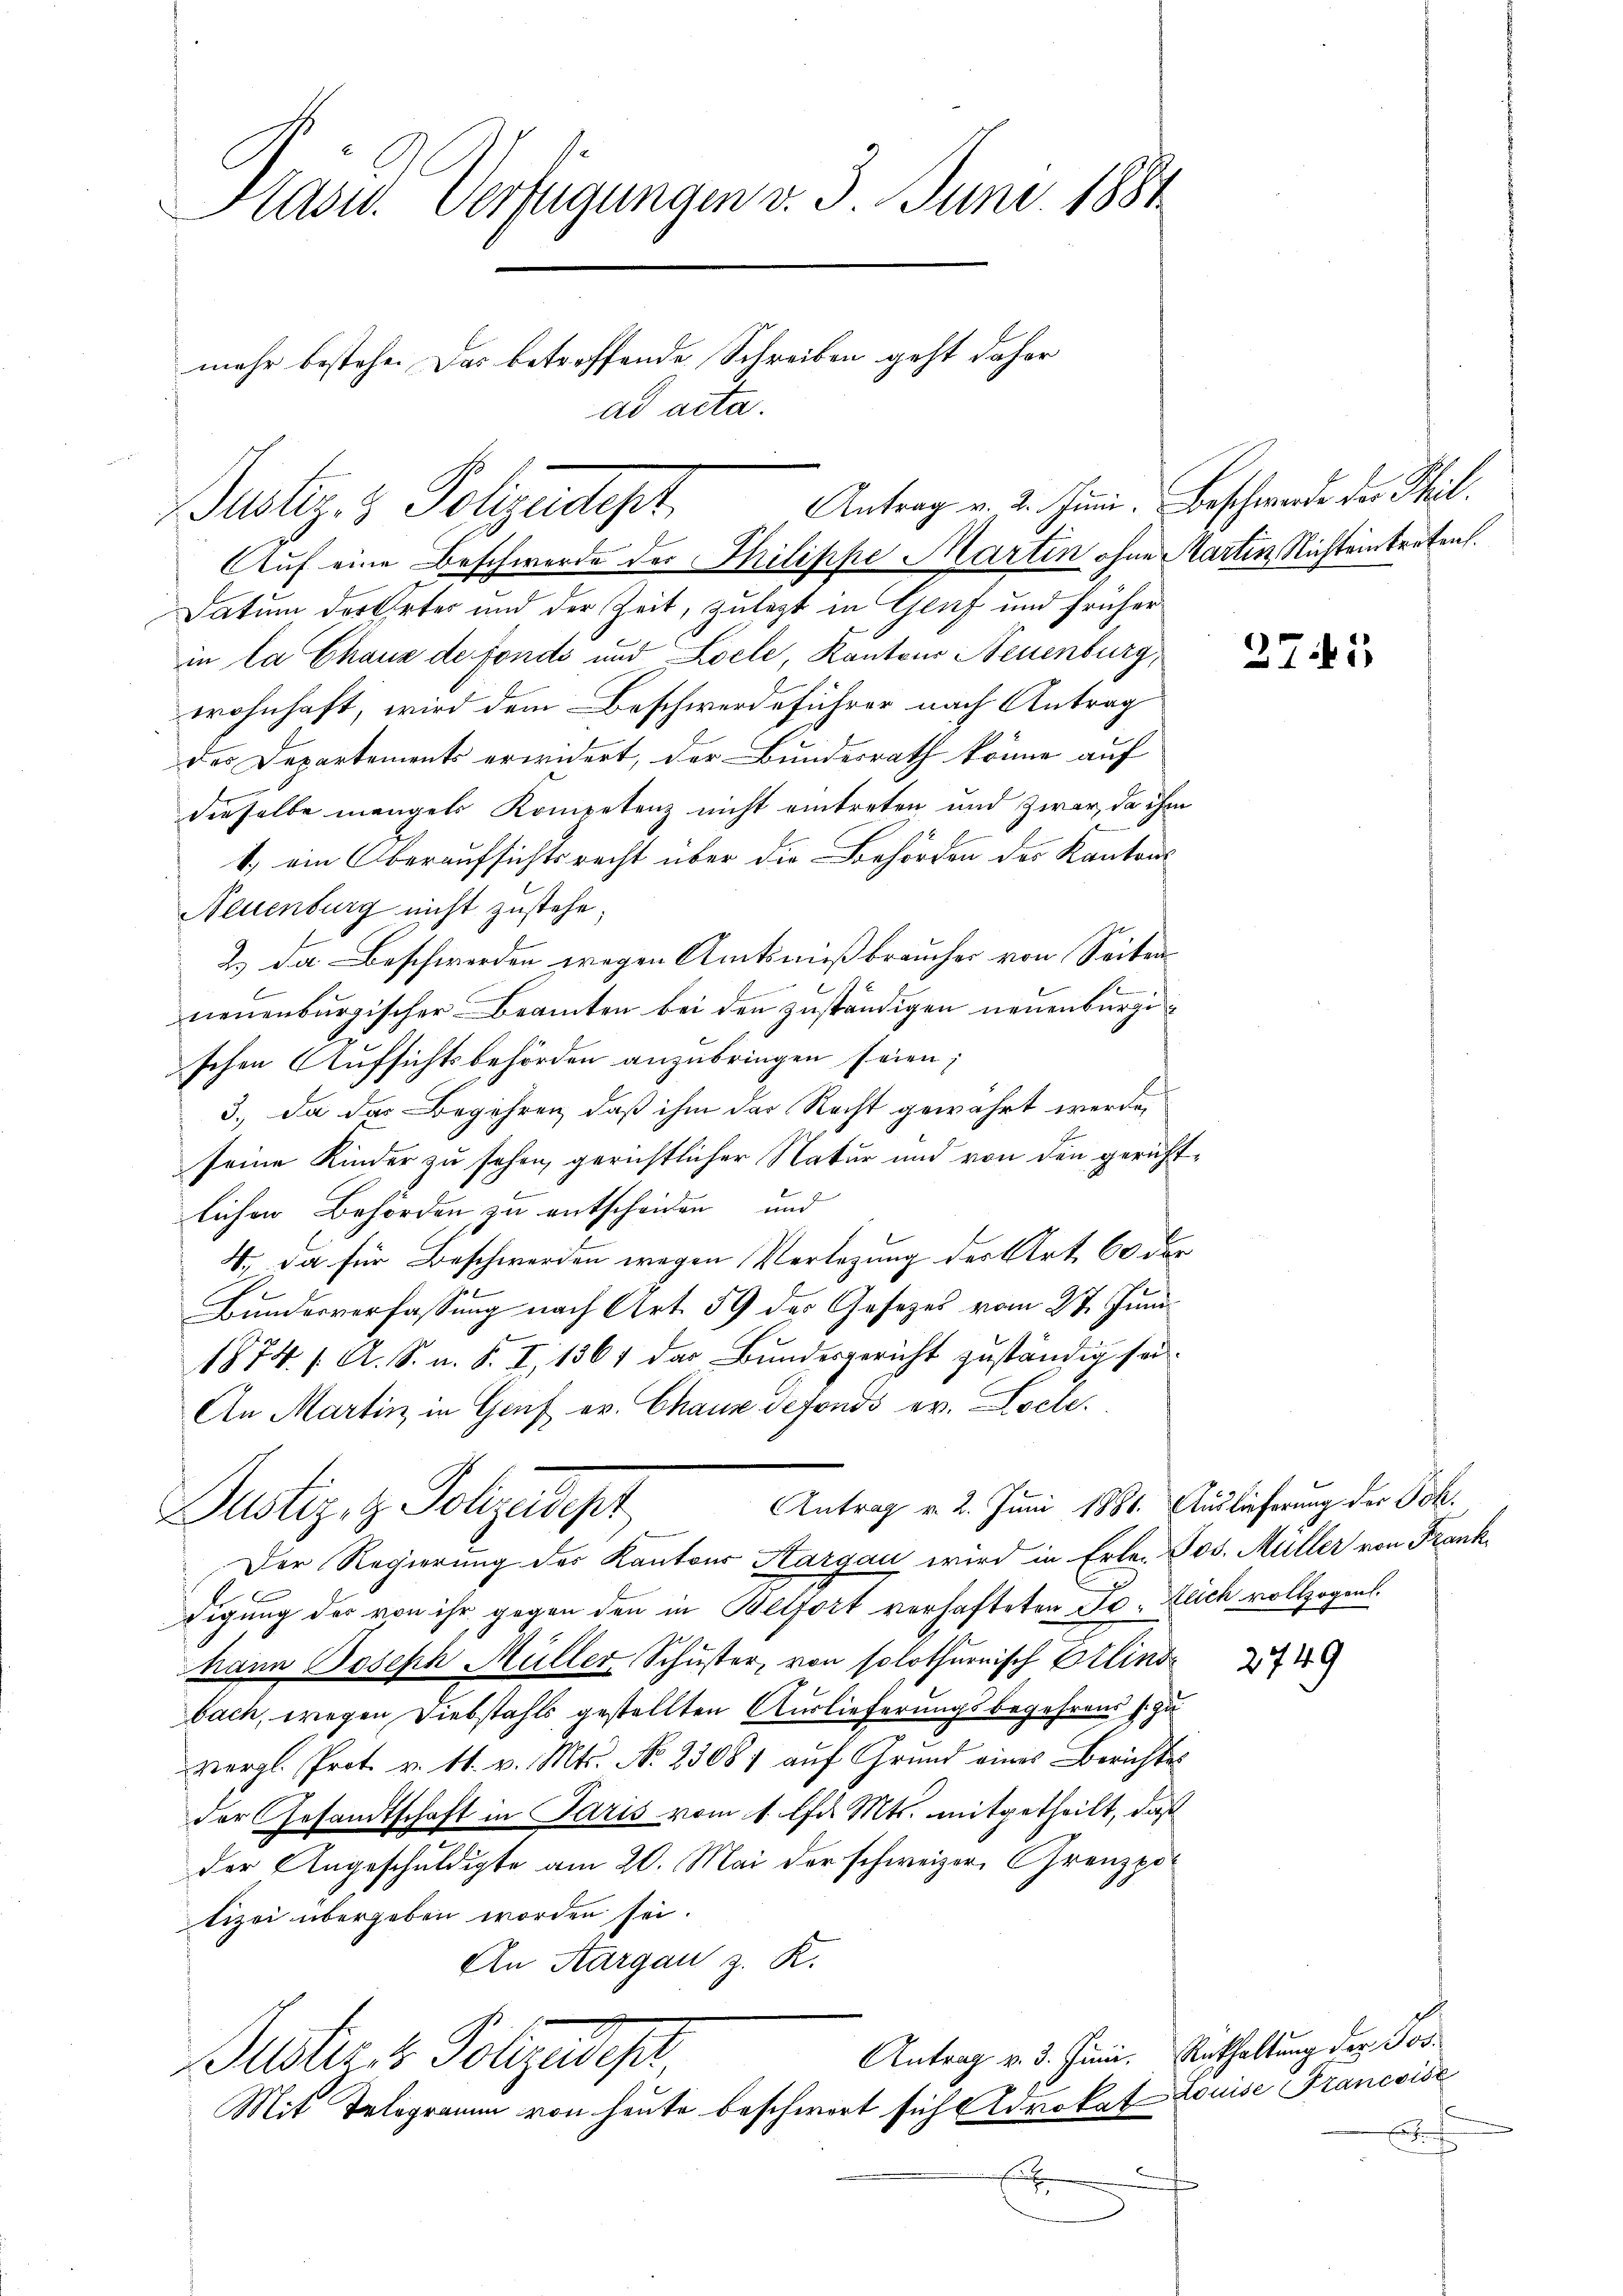
Präsid. Verfügungen v. 3. Juni 1881
mehr bestehe. Das betreffende Schreiben geht daher
ad acta.

Justiz- & Polizeidept.

Auf eine Beschwerde der Philippe Martin ohne Martin Nichteintreten.
Datum der Ortes und der Zeit, zulezt in Genf und früher
in la Chaux de Fonds und Loele, Kantons Neuenburg,
wohnhaft, wird dem Beschwerdeführer nach Antrag
des Departements erwidert, der Bundesrath könne auf
dieselbe mengels Kompetenz nicht eintreten und zwar, da ihm
1.) ein Oberaufsichtsrecht über die Behörden des Kantons
Neuenburg nicht zustehe,
2.) Da Beschwerden wegen Amtsnißbraucher von Seiten
e
neuenburgischer Beamten bei den zuständigen neuenburgischen Aufsichtsbehörden anzubringen seien;
3.) Da das Begehren, daß ihm das Recht gewährt werde,
seine Kinder zu sehen, gerichtlicher Natur und von den gerichtlichen Behörden, zu entscheiden und
4., Da für Beschwerden wegen Verlegung der Art. 60 der
Bundesverfassung nach Art. 59 der Gesetzes vom 27. Juni
1874. 1. A. S. u. S. I, 1364 das Bundesgericht zuständig sei.
An Martin in Genf ev. Chaus defonds er. Docte.
Antrag v. 2. Juni 1881. Auslieferung der Joh.
Justiz, z. Polizeipt
Der Regierung des Kantons Aargau wird in Erle. Jos. Müller von Frank
digung der von ihr gegen den in Belfort verhafteten Fr. Zeich vollzogen.
hann Joseph Müller Schuster, von solothurnisch Ellind
bach, wegen Diebstahls gestellten Auslieferungsbegehrens s. zu
vergl. Prot. v. 11. v. Mts. No. 23081 auf Grund eines Berichtes
der Gesandtschaft in Paris vom 1. Chr. Mts. mitgetheilt, daß
der Angeschuldigte am 20. Mai der schweizer. Grenzpotizei übergeben worden sei.
An Aargau z. K.
Antrag v. 3. Juni. Enthaltung des Jor¬
Justiz & Polizeipr
Mit Telegramm von heute beschwert sich Advokat Louise Francside
f
x

Antrag v. 2. Juni. Beschwerde der Theil¬

27.45

2749

d